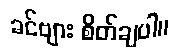
ခင်ဗျား စိတ်ချပါ။